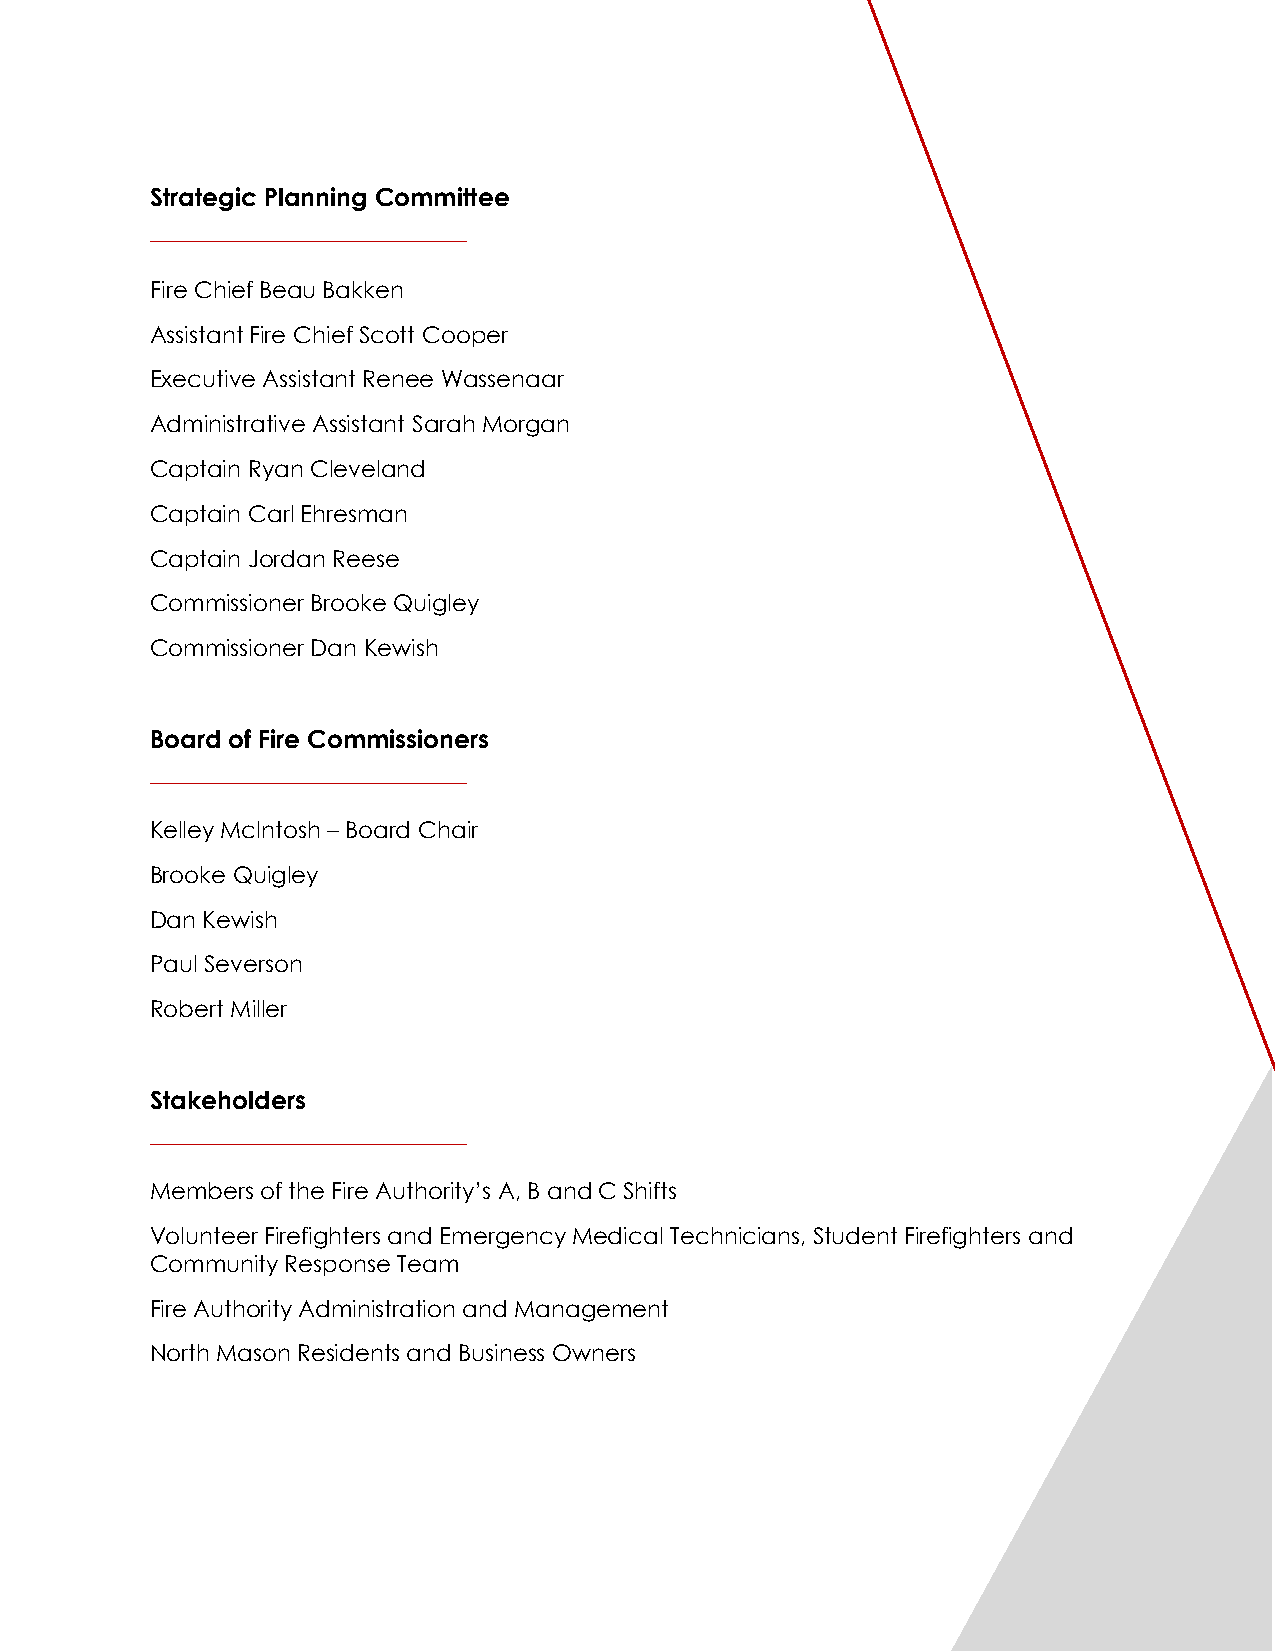
Strategic Planning Committee
 Fire Chief Beau Bakken
 Assistant Fire Chief Scott Cooper
 Executive Assistant Renee Wassenaar
 Administrative Assistant Sarah Morgan
 Captain Ryan Cleveland
 Captain Carl Ehresman
 Captain Jordan Reese
 Commissioner Brooke Quigley
 Commissioner Dan Kewish
 Board of Fire Commissioners
 Kelley McIntosh – Board Chair
 Brooke Quigley
 Dan Kewish
 Paul Severson
 Robert Miller
 Stakeholders
 Members of the Fire Authority’s A, B and C Shifts
 Volunteer Firefighters and Emergency Medical Technicians, Student Firefighters and
 Community Response Team
 Fire Authority Administration and Management
 North Mason Residents and Business Owners